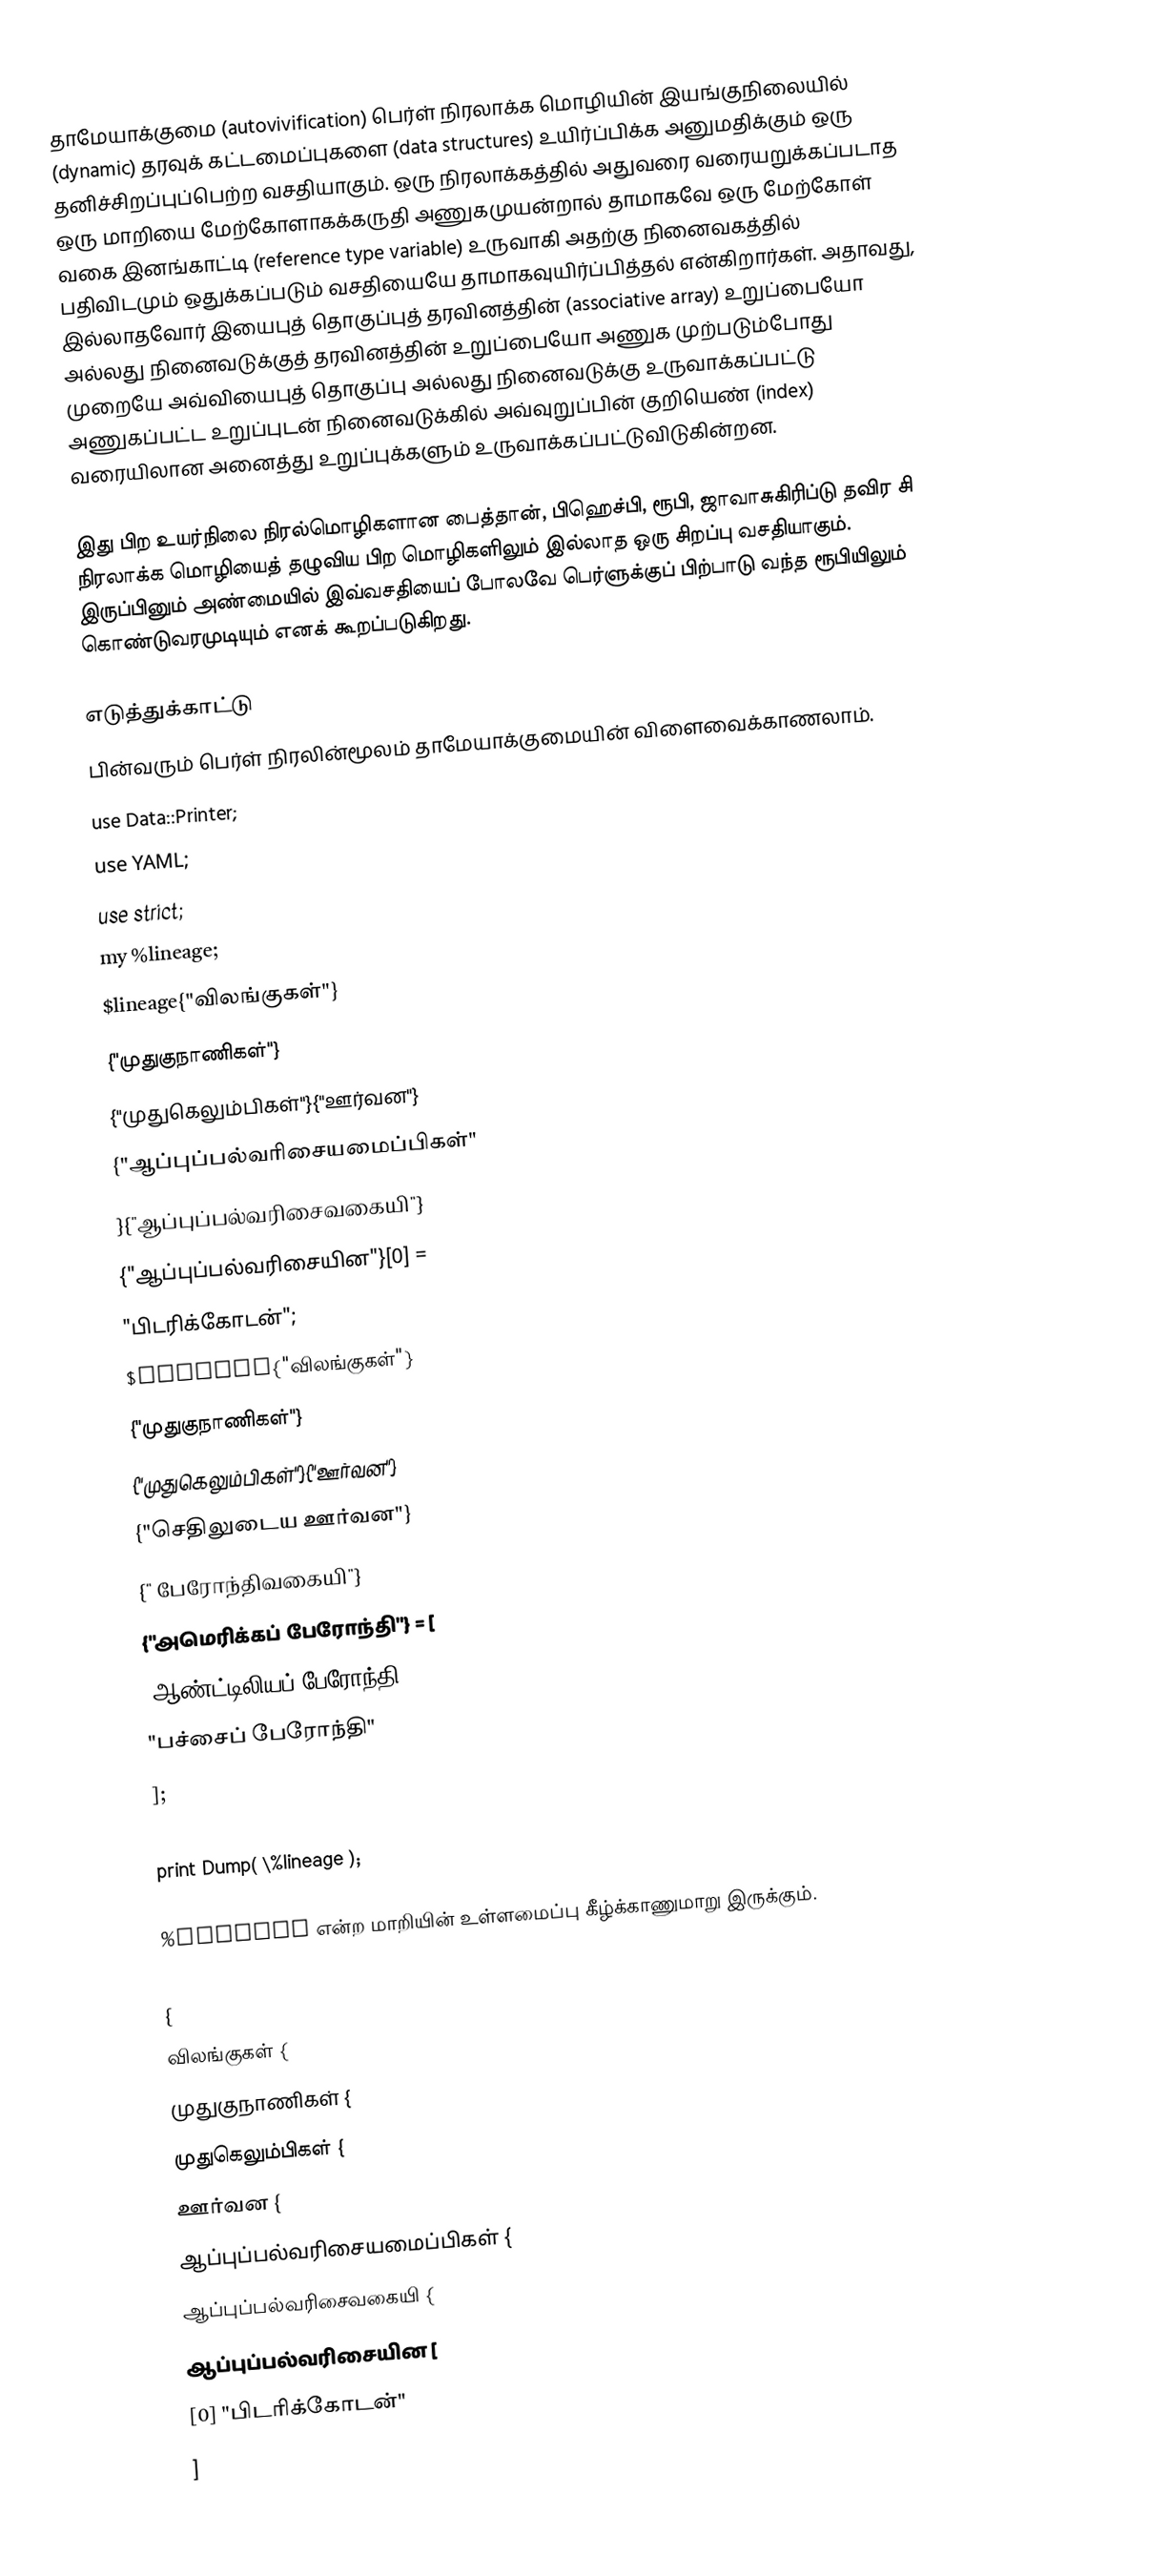
தாமேயாக்குமை (autovivification) பெர்ள் நிரலாக்க மொழியின் இயங்குநிலையில் (dynamic) தரவுக் கட்டமைப்புகளை (data structures) உயிர்ப்பிக்க அனுமதிக்கும் ஒரு தனிச்சிறப்புப்பெற்ற வசதியாகும். ஒரு நிரலாக்கத்தில் அதுவரை வரையறுக்கப்படாத ஒரு மாறியை மேற்கோளாகக்கருதி அணுகமுயன்றால் தாமாகவே ஒரு மேற்கோள் வகை இனங்காட்டி (reference type variable) உருவாகி அதற்கு நினைவகத்தில் பதிவிடமும் ஒதுக்கப்படும் வசதியையே தாமாகவுயிர்ப்பித்தல் என்கிறார்கள். அதாவது, இல்லாதவோர் இயைபுத் தொகுப்புத் தரவினத்தின் (associative array) உறுப்பையோ அல்லது நினைவடுக்குத் தரவினத்தின் உறுப்பையோ அணுக முற்படும்போது முறையே அவ்வியைபுத் தொகுப்பு அல்லது நினைவடுக்கு உருவாக்கப்பட்டு அணுகப்பட்ட உறுப்புடன் நினைவடுக்கில் அவ்வுறுப்பின் குறியெண் (index) வரையிலான அனைத்து உறுப்புக்களும் உருவாக்கப்பட்டுவிடுகின்றன.

இது பிற உயர்நிலை நிரல்மொழிகளான பைத்தான், பிஹெச்பி, ரூபி, ஜாவாசுகிரிப்டு தவிர சி நிரலாக்க மொழியைத் தழுவிய பிற மொழிகளிலும் இல்லாத ஒரு சிறப்பு வசதியாகும். இருப்பினும் அண்மையில் இவ்வசதியைப் போலவே பெர்ளுக்குப் பிற்பாடு வந்த ரூபியிலும் கொண்டுவரமுடியும் எனக் கூறப்படுகிறது.

எடுத்துக்காட்டு
பின்வரும் பெர்ள் நிரலின்மூலம் தாமேயாக்குமையின் விளைவைக்காணலாம்.
use Data::Printer;
use YAML;
use strict;
my %lineage;
$lineage{"விலங்குகள்"}
  {"முதுகுநாணிகள்"}
  {"முதுகெலும்பிகள்"}{"ஊர்வன"}
  {"ஆப்புப்பல்வரிசையமைப்பிகள்"
  }{"ஆப்புப்பல்வரிசைவகையி"}
  {"ஆப்புப்பல்வரிசையின"}[0] =
  "பிடரிக்கோடன்";
$lineage{"விலங்குகள்"}
  {"முதுகுநாணிகள்"}
  {"முதுகெலும்பிகள்"}{"ஊர்வன"}
  {"செதிலுடைய ஊர்வன"}
  {" பேரோந்திவகையி"}
  {"அமெரிக்கப் பேரோந்தி"} = [
    "ஆண்ட்டிலியப் பேரோந்தி",
    "பச்சைப் பேரோந்தி"
  ];
p %lineage;
print Dump( \%lineage );

%lineage என்ற மாறியின் உள்ளமைப்பு கீழ்க்காணுமாறு இருக்கும்.

{
    விலங்குகள்   {
        முதுகுநாணிகள்   {
            முதுகெலும்பிகள்   {
                ஊர்வன   {
                    ஆப்புப்பல்வரிசையமைப்பிகள்   {
                        ஆப்புப்பல்வரிசைவகையி   {
                            ஆப்புப்பல்வரிசையின   [
                                [0] "பிடரிக்கோடன்"
                            ]